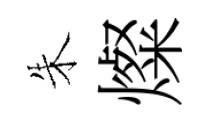
朱燦